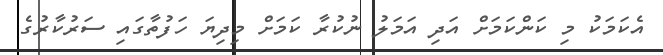
އެކަމަކު މި ކަންކަމަށް އަދި އަމަލު ނުކުރާ ކަމަށް މިދިޔަ ހަފުތާގައި ސަރުކާރުގެ